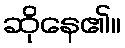
ဆိုနေ၏။